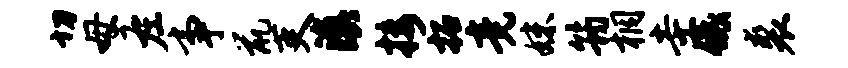
切母左事鼠吏滇接拓竟妹筠桐圭低裘